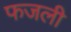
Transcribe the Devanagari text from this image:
फजली